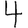
Digit: 4